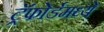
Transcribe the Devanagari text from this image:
ट्रॅफोर्डमध्ये